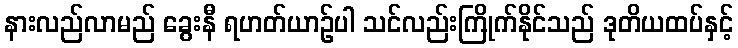
နားလည်လာမည် ခွေးနီ ရဟတ်ယာဉ်ပါ သင်လည်းကြိုက်နိုင်သည် ဒုတိယထပ်နှင့်